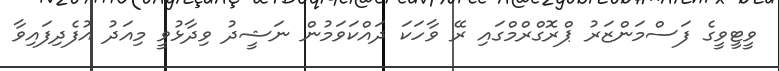
ވީޓީވީގެ ފަސްމަންޒަރު ޕްރޮގްރްމްގައި ރޭ ވާހަކަ ދައްކަވަމުން ނަޝީދު ވިދާޅުވީ މިއަދު އުފެދިފައިވާ